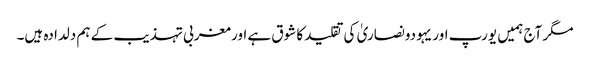
مگر آج ہمیں یورپ اور یہودونصاریٰ کی تقلید کا شوق ہے اور مغربی تہذیب کے ہم دلدادہ ہیں۔